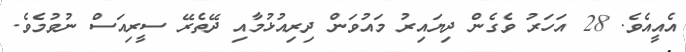
އެއީއެވެ. 28 އަހަރު ވެގެން ދިޔައިރު މައުވަން ދިރިއުޅުމާއި ދޭތެރޭ ސީރިއަސް ނުވުމެވެ.